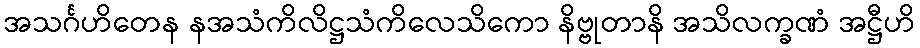
အသင်္ဂဟိတေန နအသံကိလိဋ္ဌသံကိလေသိကော နိဗ္ဗုတာနိ အသိလက္ခဏံ အဋ္ဌီဟိ